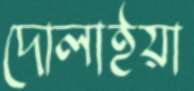
দোলাইয়া